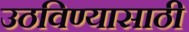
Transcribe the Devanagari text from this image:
उठविण्यासाठी